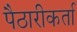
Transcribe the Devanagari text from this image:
पैठारीकर्ता